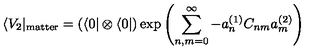
\langle V _ { 2 } | _ { \mathrm { m a t t e r } } = \left( \langle 0 | \otimes \langle 0 | \right) \exp \left( \sum _ { n , m = 0 } ^ { \infty } - a _ { n } ^ { ( 1 ) } C _ { n m } a _ { m } ^ { ( 2 ) } \right)